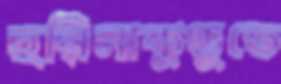
হরিনাকুণ্ডুতে